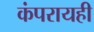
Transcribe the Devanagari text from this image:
कंपरायही